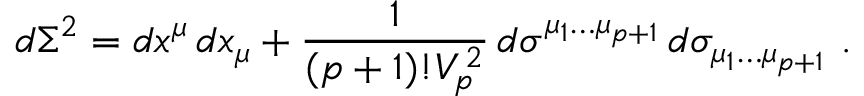
d \Sigma ^ { 2 } = d x ^ { \mu } \, d x _ { \mu } + \frac { 1 } { ( p + 1 ) ! V _ { p } ^ { \, 2 } } \, d \sigma ^ { \mu _ { 1 } \dots \mu _ { p + 1 } } \, d \sigma _ { \mu _ { 1 } \dots \mu _ { p + 1 } } \ .